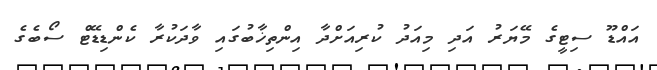
އައްޑޫ ސިޓީގެ މޭޔަރު އަދި މިއަދު ކުރިއަށްދާ އިންތިޚާބުގައި ވާދަކުރާ ކެންޑިޑޭޓް ސޯބެގެ